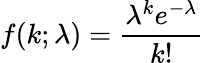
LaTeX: f(k;\lambda)=\frac{\lambda^{k}e^{-\lambda}}{k!}